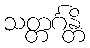
သတ္တင်္ဂန္တိ